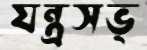
যন্ত্রসভ্